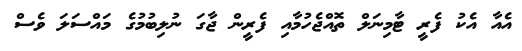
އެއާ އެކު ފެރީ ޓާމިނަލް ތޮއްޖެހުމާއި ފެރީން ޖާގަ ނުލިބުމުގެ މައްސަލަ ވެސް